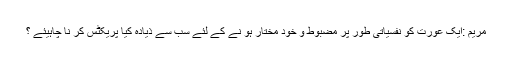
مریم :ایک عورت کو نفسیاتی طور پر مضبوط و خود مختار ہو نے کے لئے سب سے ذیادہ کیا پریکٹس کر نا چاہیئے ؟